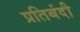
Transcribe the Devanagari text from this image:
प्रतिबंदी